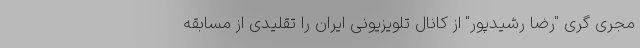
مجری گری "رضا رشیدپور" از کانال تلویزیونی ایران را تقلیدی از مسابقه